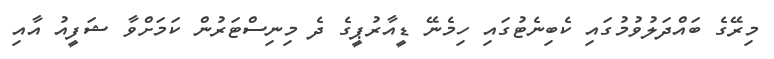
މިރޭގެ ބައްދަލުވުމުގައި ކެބިނެޓުގައި ހިމެނޭ ޑީއާރުޕީގެ ދެ މިނިސްޓަރުން ކަމަށްވާ ޝަފީއު އާއި